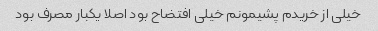
خیلی از خریدم پشیمونم خیلی افتضاح بود اصلا یکبار مصرف بود